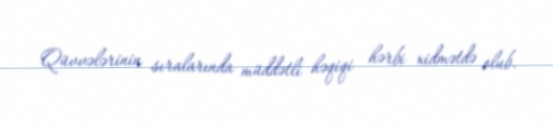
Qüvvələrinin sıralarında müddətli həqiqi hərbi xidmətdə olub.